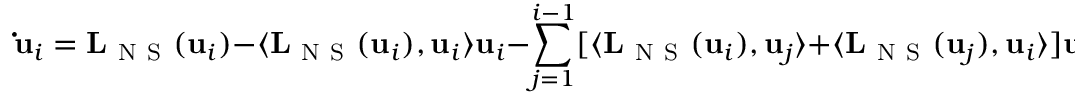
\mathbf { \dot { u } } _ { i } = \mathbf { L } _ { \mathrm { ~ N ~ S ~ } } ( \mathbf { u } _ { i } ) - \langle \mathbf { L } _ { \mathrm { ~ N ~ S ~ } } ( \mathbf { u } _ { i } ) , \mathbf { u } _ { i } \rangle \mathbf { u } _ { i } - \sum _ { j = 1 } ^ { i - 1 } [ \langle \mathbf { L } _ { \mathrm { ~ N ~ S ~ } } ( \mathbf { u } _ { i } ) , \mathbf { u } _ { j } \rangle + \langle \mathbf { L } _ { \mathrm { ~ N ~ S ~ } } ( \mathbf { u } _ { j } ) , \mathbf { u } _ { i } \rangle ] \mathbf { u } _ { j } ,